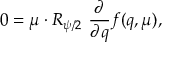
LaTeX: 0 = \mu \cdot R _ { \psi / 2 } \ { \frac { \partial } { \partial q } } f ( q , \mu ) ,